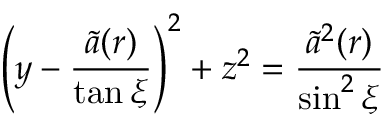
\left( y - \frac { \widetilde { a } ( r ) } { \tan \xi } \right) ^ { 2 } + z ^ { 2 } = \frac { \widetilde { a } ^ { 2 } ( r ) } { \sin ^ { 2 } \xi }